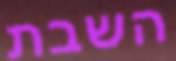
השבת